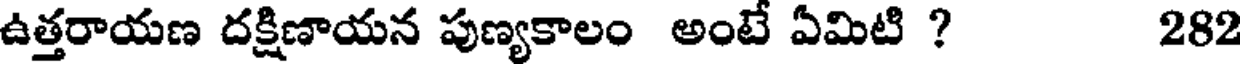
ఉత్తరాయణ దక్షిణాయన పుణ్యకాలం అంటే ఏమిటి ? 282